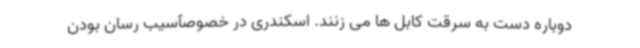
دوباره دست به سرقت کابل ها می زنند. اسکندری در خصوصآسیب رسان بودن